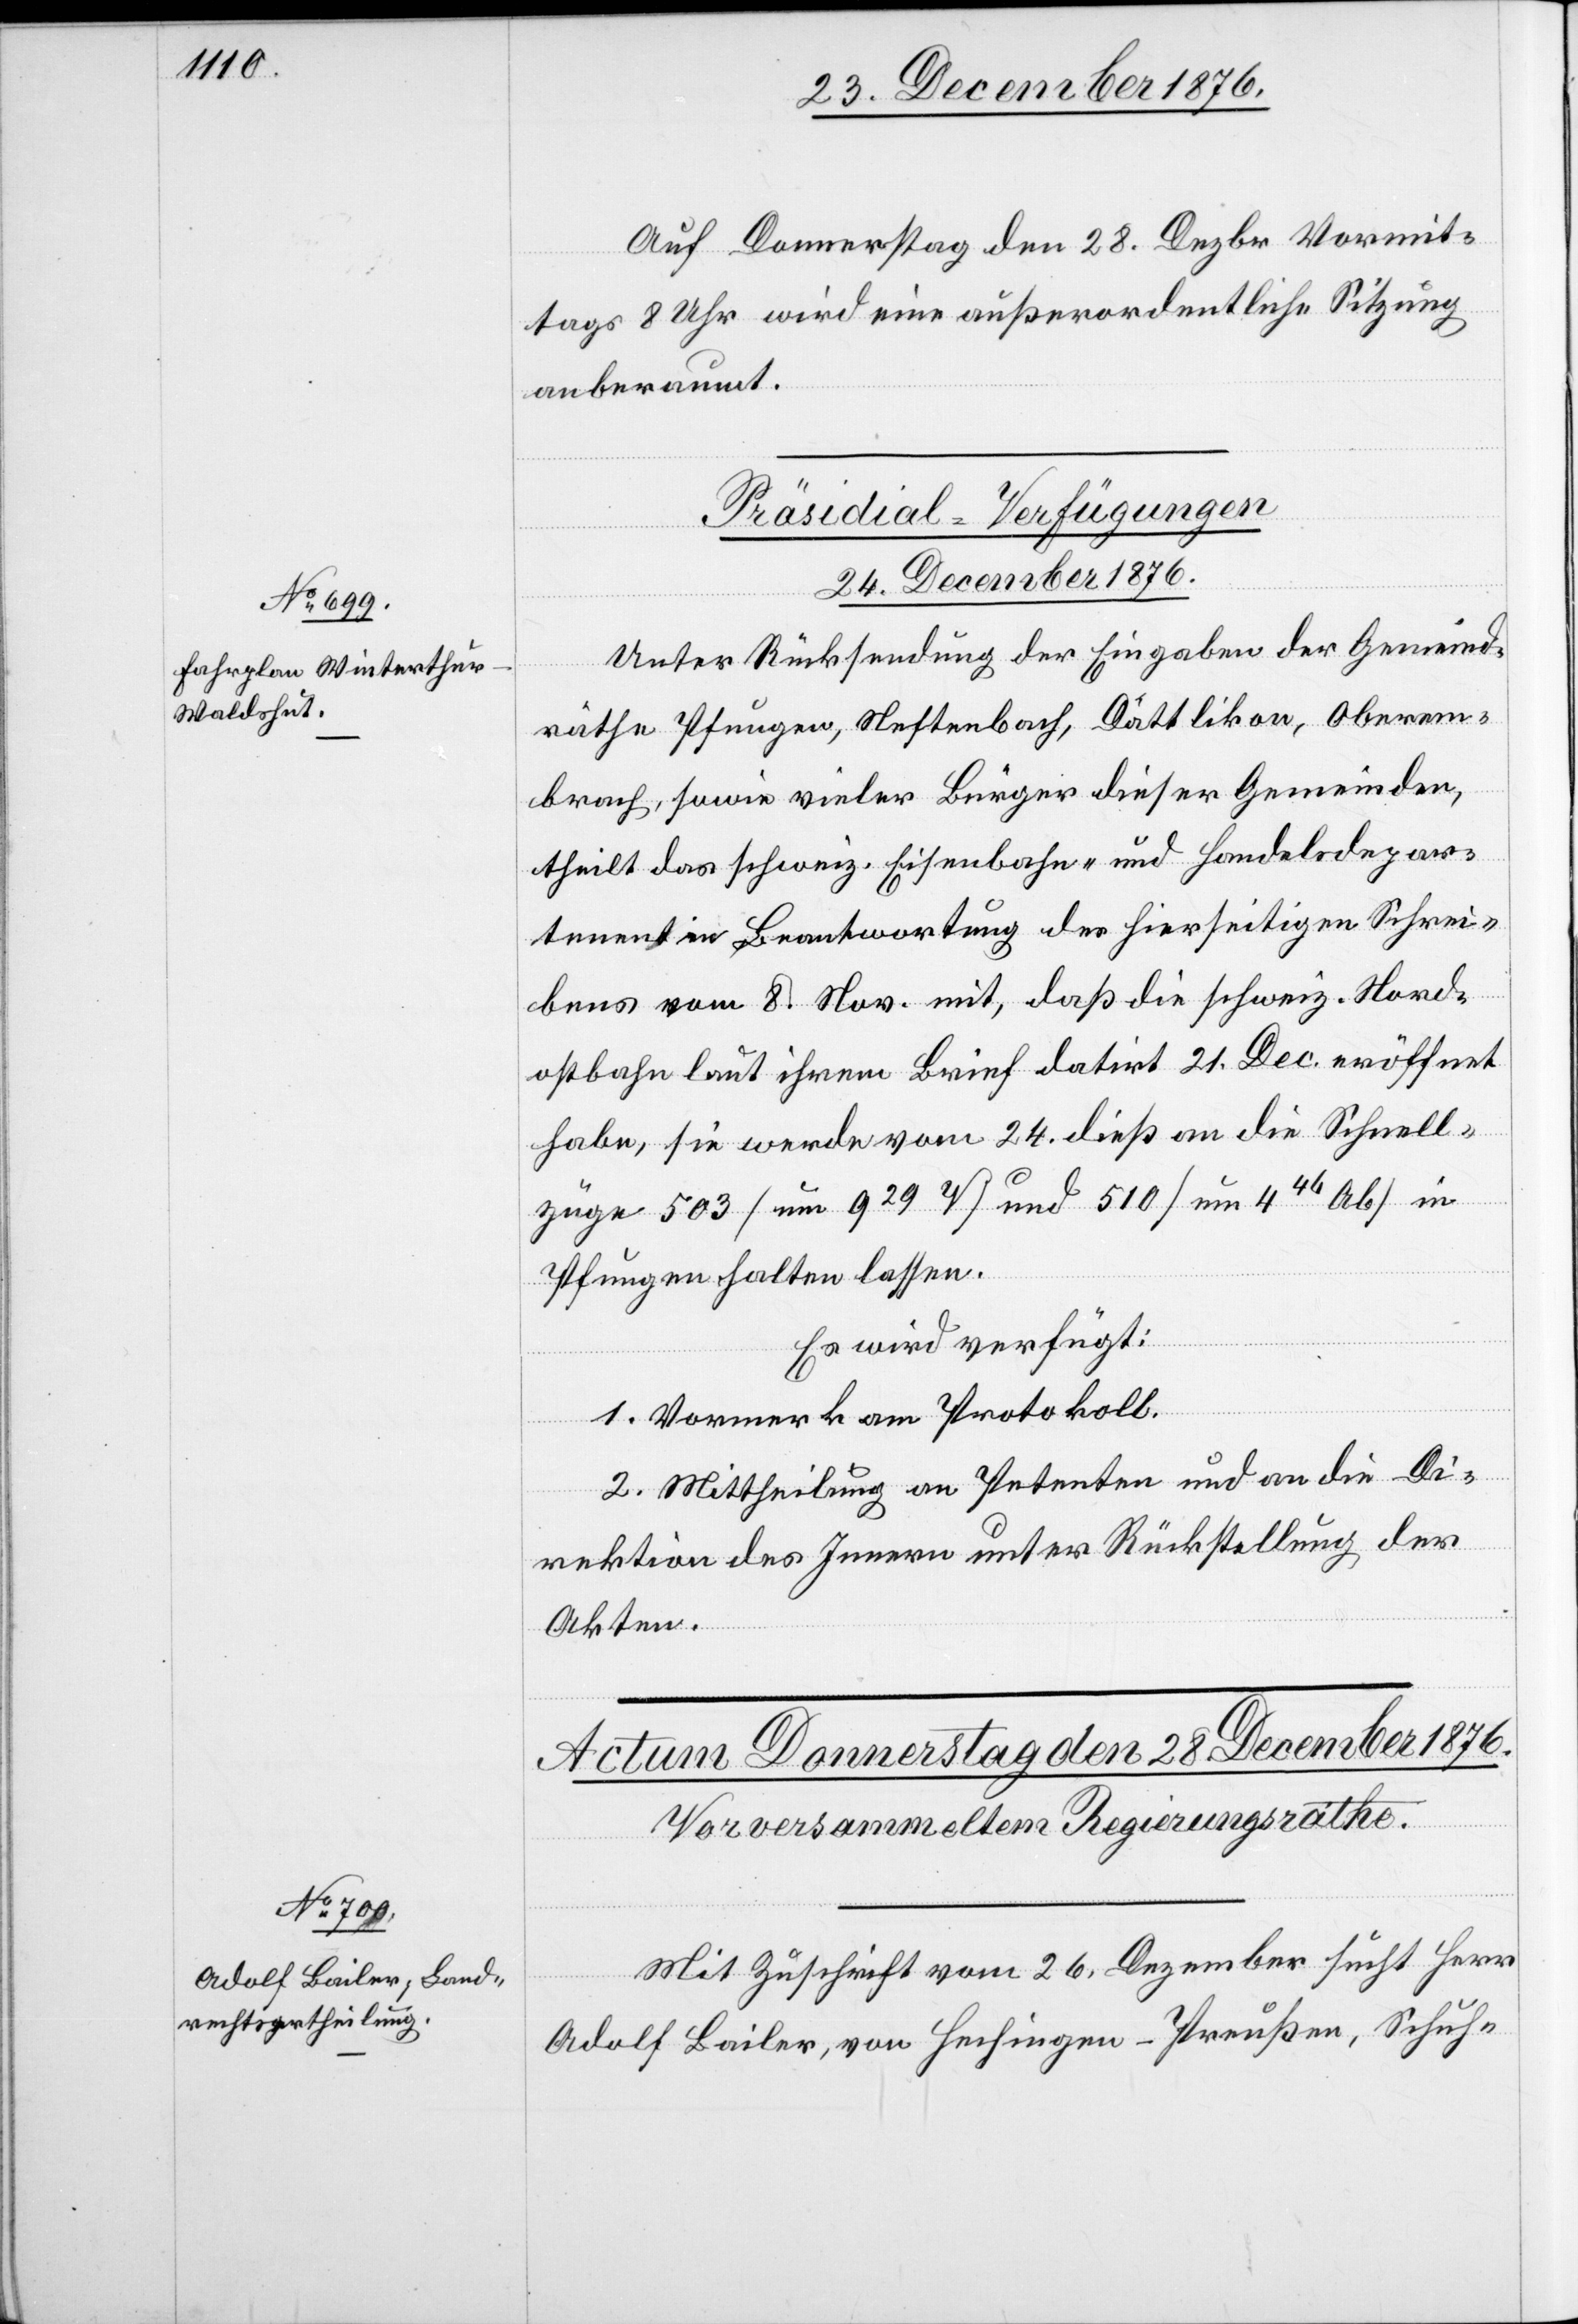
Auf Donnerstag den 28. Dezbr. Vormit¬
tags 8 Uhr wird eine außerordentliche Sitzung
anberaumt.
Präsidial-Verfügungen.
24. December 1876.
Unter Rücksendung der Eingaben der Gemeind¬
räthe Pfungen, Neftenbach, Dättlikon, Oberem¬
brach, sowie vieler Bürger dieser Gemeinde,
theilt das schweiz. Eisenbahn- und Handelsdepar¬
tement in Beantwortung des hierseitigen Schrei¬
bens vom 8. Nov. mit, daß die schweiz. Nord¬
ostbahn laut ihrem Brief datiert 21. Dec. eröffnet
habe, sie werde vom 24. dieß an die Schnell¬
züge 503 [um 929 [?h]] und 510 [um 446 Ab] in
Pfungen halten lassen.
Es wird verfügt:
1. Vormerk am Protokoll.
2. Mittheilung an Petenten und an die Di¬
rektion des Innern unter Rückstellung der
Akten.
Mit Zuschrift vom 26. Dezember sucht Herr
Adolf Bailer, von Lechingen - Preußen, Schuh-